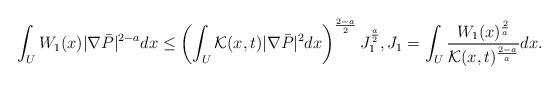
LaTeX: \begin{align*}\int_U W_1(x) |\nabla \bar P|^{2-a}dx\le \left( \int_U \mathcal{K}(x,t)|\nabla \bar P|^2dx \right)^{\frac{2-a}2}J_1^\frac a 2, J_1=\int_U \frac{W_1(x)^{\frac 2 a}}{\mathcal{K}(x,t)^{\frac{2-a}{a}}}dx.\end{align*}